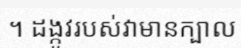
។ ដង្កូវរបស់វាមានក្បាល